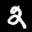
Label: 2